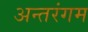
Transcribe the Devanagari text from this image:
अन्तरंगम